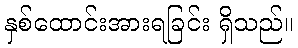
နှစ်ထောင်းအားရခြင်း ရှိသည်။